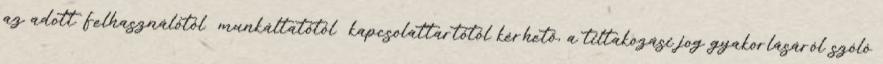
az adott Felhasználótól munkáltatótól kapcsolattartótól kérhető, a tiltakozási jog gyakorlásáról szóló